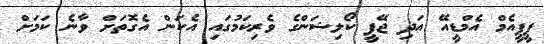
ޕީޕީއެމް އެމްޑީއޭ އަދި ޖޭޕީ ކޯލިޝަންގެ ވެރިކަމުގައި އެކަން އެގޮތަށް ވާނެ ކަމަށް